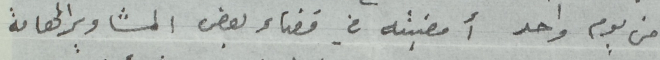
من يوم واحد أمضيته في قضاء بعض المشاوير الهامة